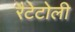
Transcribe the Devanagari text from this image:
रैटेटोली